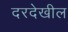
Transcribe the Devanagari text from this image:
दरदेखील